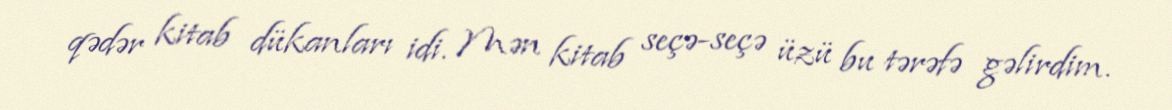
qədər kitab dükanları idi. Mən kitab seçə-seçə üzü bu tərəfə gəlirdim.